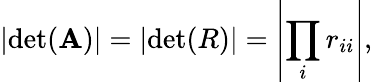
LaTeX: \left|\operatorname*{d\mathrm{e}t}(\mathbf{A})\right|=\left|\operatorname*{d\mathrm{e}t}(R)\right|=\left|\prod_{i}r_{ii}\right|,